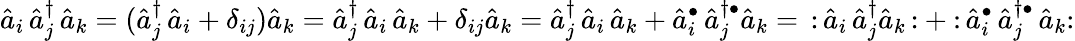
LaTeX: {\hat{a}}_{i}\, {\hat{a}}_{j}^{\dagger}\, {\hat{a}}_{k}=({\hat{a}}_{j}^{\dagger}\, {\hat{a}}_{i}+\delta_{ij}){\hat{a}}_{k}={\hat{a}}_{j}^{\dagger}\, {\hat{a}}_{i}\, {\hat{a}}_{k}+\delta_{ij}{\hat{a}}_{k}={\hat{a}}_{j}^{\dagger}\, {\hat{a}}_{i}\, {\hat{a}}_{k}+{\hat{a}}_{i}^{\bullet}\, {\hat{a}}_{j}^{\dagger\bullet}{\hat{a}}_{k}=\, {\mathopen{:}}\, {\hat{a}}_{i}\, {\hat{a}}_{j}^{\dagger}{\hat{a}}_{k}\, {\mathclose{:}}+{\mathclose{:}}\, {\hat{a}}_{i}^{\bullet}\, {\hat{a}}_{j}^{\dagger\bullet}\, {\hat{a}}_{k}{\mathclose{:}}